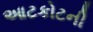
આટકોટની